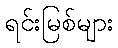
ရင်းမြစ်များ